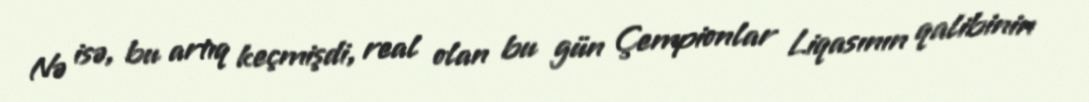
Nə isə, bu artıq keçmişdi, real olan bu gün Çempionlar Liqasının qalibinin